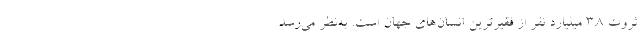
ثروت ۳.۸ میلیارد نفر از فقیرترین انسان‌های جهان است. به‌نظر می‌رسد